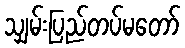
သျှမ်းပြည်တပ်မတော်